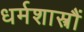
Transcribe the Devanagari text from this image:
धर्मशास्त्रौं